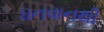
ધનવાનથી